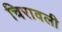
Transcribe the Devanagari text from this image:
चिरावली